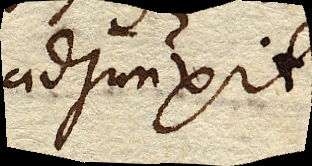
adjunxit.